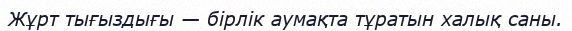
Жұрт тығыздығы — бірлік аумақта тұратын халық саны.